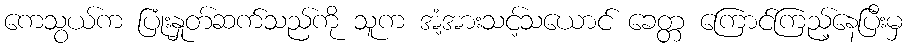
ကေသွယ်က ပြုံးနှုတ်ဆက်သည်ကို သူက အံ့အားသင့်သယောင် ခေတ္တ ကြောင်ကြည့်နေပြီးမှ